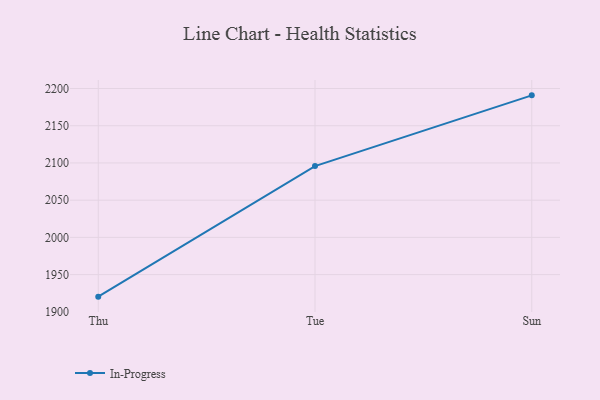
{"axis": {"x": "Day", "y": "Customer Acquisition Cost (USD)"}, "legend": ["In-Progress"], "data": [{"x": "Thu", "y": 1920.4, "type": "In-Progress"}, {"x": "Tue", "y": 2095.8, "type": "In-Progress"}, {"x": "Sun", "y": 2190.8, "type": "In-Progress"}]}